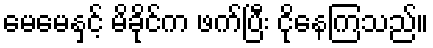
မေမေနှင့် မိခိုင်က ဖက်ပြီး ငိုနေကြသည်။